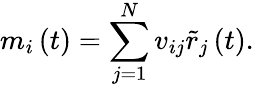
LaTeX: m_{i}\left(t\right)=\sum_{j=1}^{N}v_{ij}\tilde{r}_{j}\left(t\right).